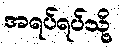
အရပ်ရပ်သို့